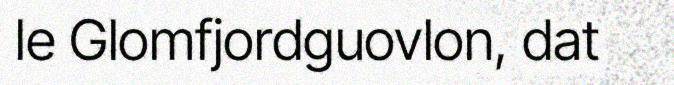
le Glomfjordguovlon, dat